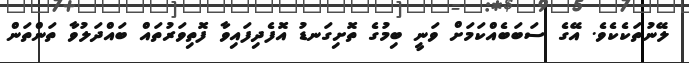
ލޭނުތަކެކެވެ. އޭގެ ސަބަބެއްކަމަށް ވަނީ ބިމުގެ ތޮށިގަނޑު އޮފެދިފައިވާ ފޮތިވަރުތައް ބައްދަލުވާ ތަންތަން